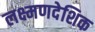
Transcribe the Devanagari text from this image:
लक्ष्मणदेशिक